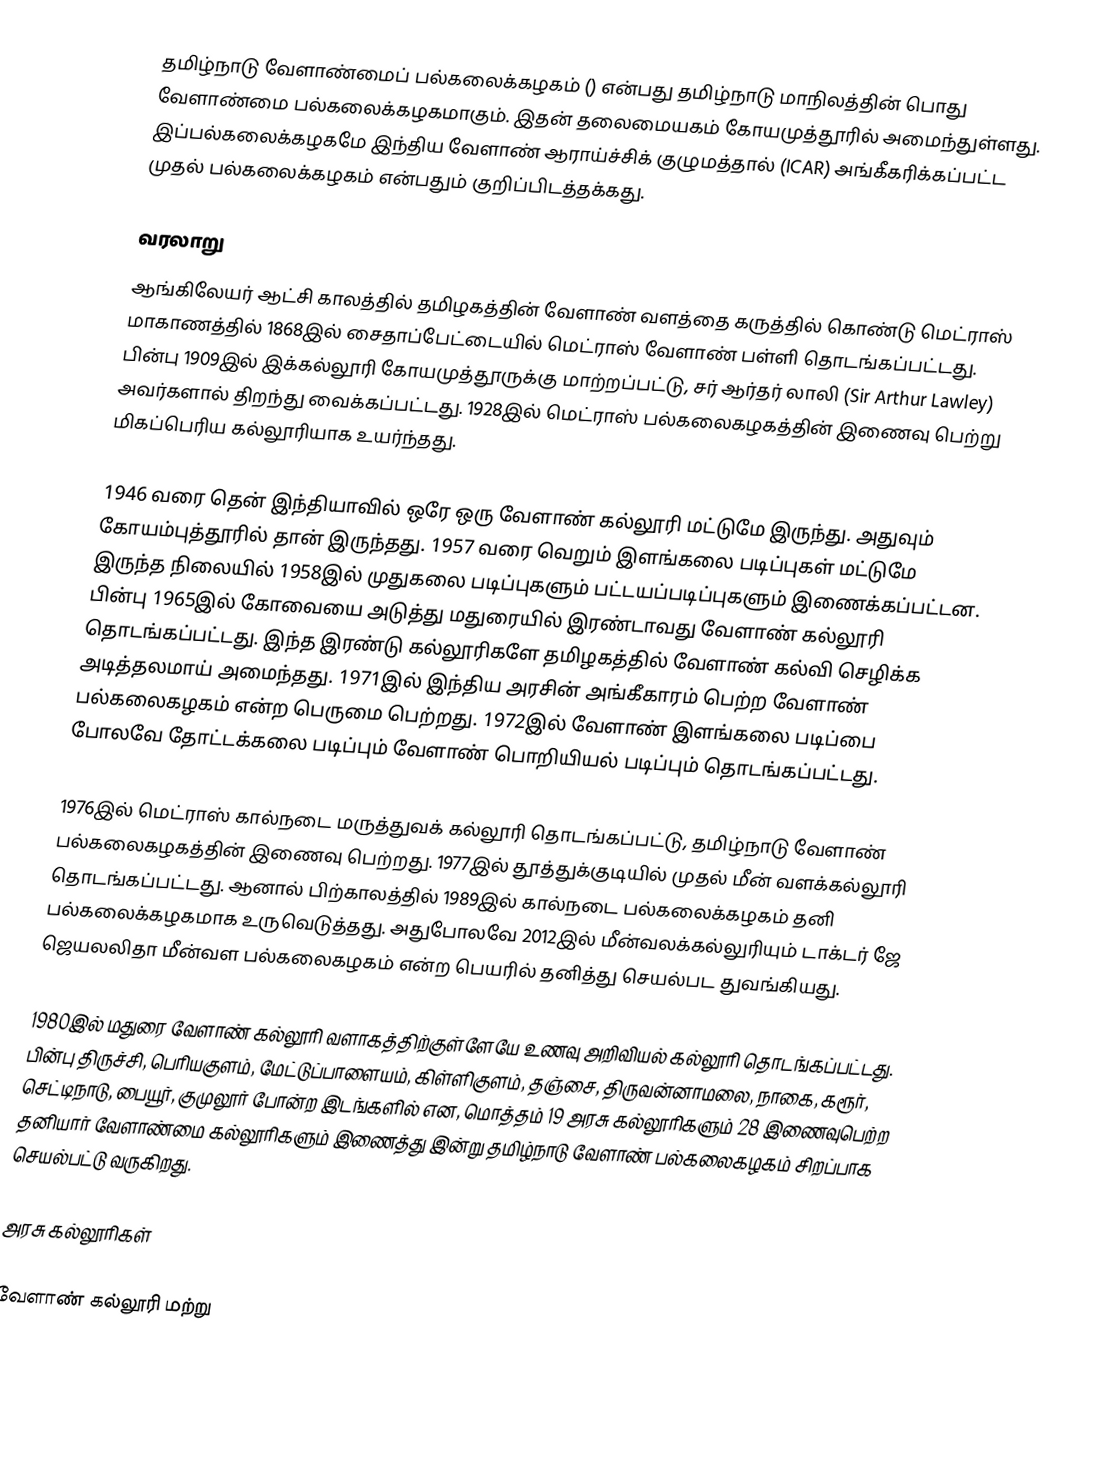
தமிழ்நாடு வேளாண்மைப் பல்கலைக்கழகம் () என்பது தமிழ்நாடு மாநிலத்தின்   பொது வேளாண்மை பல்கலைக்கழகமாகும். இதன் தலைமையகம் கோயமுத்தூரில் அமைந்துள்ளது. இப்பல்கலைக்கழகமே இந்திய வேளாண் ஆராய்ச்சிக் குழுமத்தால் (ICAR) அங்கீகரிக்கப்பட்ட முதல் பல்கலைக்கழகம் என்பதும் குறிப்பிடத்தக்கது.

வரலாறு
ஆங்கிலேயர் ஆட்சி காலத்தில் தமிழகத்தின் வேளாண் வளத்தை கருத்தில் கொண்டு மெட்ராஸ் மாகாணத்தில் 1868இல் சைதாப்பேட்டையில் மெட்ராஸ் வேளாண் பள்ளி தொடங்கப்பட்டது. பின்பு 1909இல் இக்கல்லூரி கோயமுத்தூருக்கு மாற்றப்பட்டு, சர் ஆர்தர் லாலி (Sir Arthur Lawley) அவர்களால் திறந்து வைக்கப்பட்டது. 1928இல் மெட்ராஸ் பல்கலைகழகத்தின் இணைவு பெற்று மிகப்பெரிய கல்லூரியாக உயர்ந்தது.

1946 வரை தென் இந்தியாவில் ஒரே ஒரு வேளாண் கல்லூரி மட்டுமே இருந்து. அதுவும் கோயம்புத்தூரில் தான் இருந்தது. 1957 வரை வெறும் இளங்கலை படிப்புகள் மட்டுமே இருந்த நிலையில் 1958இல் முதுகலை படிப்புகளும் பட்டயப்படிப்புகளும் இணைக்கப்பட்டன. பின்பு 1965இல் கோவையை அடுத்து மதுரையில் இரண்டாவது வேளாண் கல்லூரி தொடங்கப்பட்டது. இந்த இரண்டு கல்லூரிகளே  தமிழகத்தில் வேளாண் கல்வி செழிக்க அடித்தலமாய் அமைந்தது. 1971இல் இந்திய அரசின் அங்கீகாரம் பெற்ற வேளாண் பல்கலைகழகம் என்ற பெருமை பெற்றது. 1972இல் வேளாண் இளங்கலை படிப்பை போலவே தோட்டக்கலை படிப்பும் வேளாண் பொறியியல் படிப்பும் தொடங்கப்பட்டது.

1976இல் மெட்ராஸ் கால்நடை மருத்துவக் கல்லூரி தொடங்கப்பட்டு,  தமிழ்நாடு வேளாண் பல்கலைகழகத்தின் இணைவு பெற்றது. 1977இல் தூத்துக்குடியில் முதல் மீன் வளக்கல்லூரி தொடங்கப்பட்டது. ஆனால் பிற்காலத்தில் 1989இல் கால்நடை பல்கலைக்கழகம் தனி பல்கலைக்கழகமாக உருவெடுத்தது. அதுபோலவே 2012இல் மீன்வலக்கல்லுரியும் டாக்டர் ஜே ஜெயலலிதா மீன்வள பல்கலைகழகம் என்ற பெயரில் தனித்து செயல்பட துவங்கியது.

1980இல் மதுரை வேளாண் கல்லூரி வளாகத்திற்குள்ளேயே உணவு அறிவியல் கல்லூரி தொடங்கப்பட்டது. பின்பு திருச்சி, பெரியகுளம், மேட்டுப்பாளையம், கிள்ளிகுளம், தஞ்சை, திருவன்னாமலை, நாகை, கரூர், செட்டிநாடு, பையூர், குமுலூர் போன்ற இடங்களில் என, மொத்தம் 19 அரசு கல்லூரிகளும் 28 இணைவுபெற்ற தனியார் வேளாண்மை கல்லூரிகளும் இணைத்து இன்று தமிழ்நாடு வேளாண் பல்கலைகழகம் சிறப்பாக செயல்பட்டு வருகிறது.

அரசு கல்லூரிகள்

 வேளாண் கல்லூரி மற்று